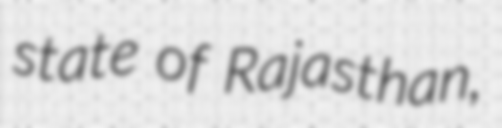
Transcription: state of Rajasthan,